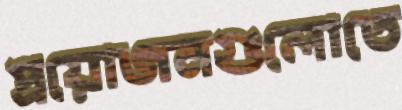
প্রয়োজনগুলোতে